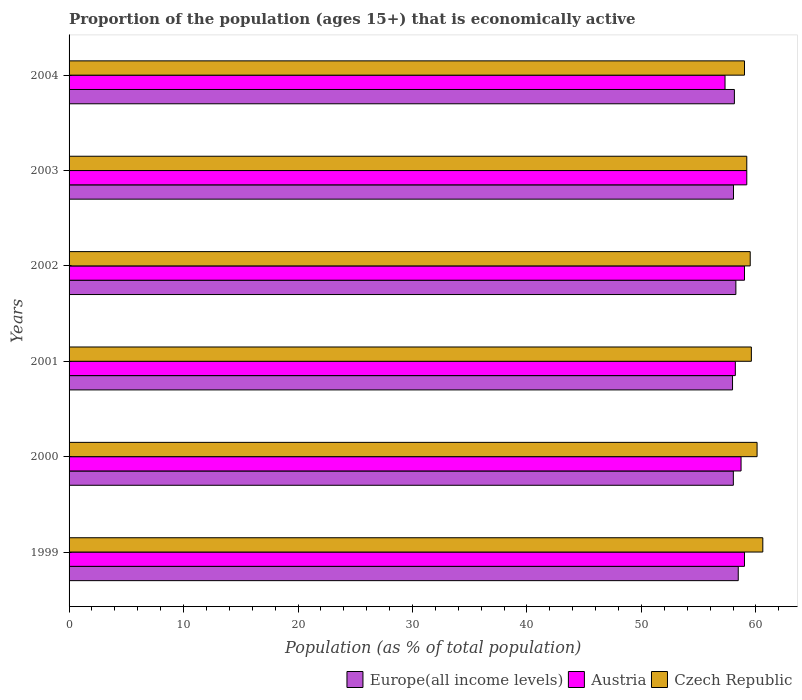
| Years | Europe(all income levels) | Austria | Czech Republic |
 | --- | --- | --- | --- |
 | 1999 | 58.5 | 59 | 60.6 |
 | 2000 | 58 | 58.7 | 60.1 |
 | 2001 | 58 | 58.2 | 59.6 |
 | 2002 | 58.2 | 59 | 59.5 |
 | 2003 | 58 | 59.2 | 59.2 |
 | 2004 | 58.1 | 57.3 | 59 |